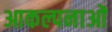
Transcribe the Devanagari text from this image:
आकल्पनाओं